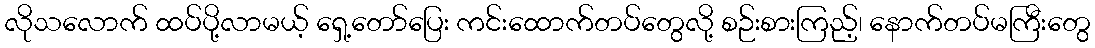
လိုသလောက် ထပ်ပို့လာမယ့် ရှေ့တော်ပြေး ကင်းထောက်တပ်တွေလို့ စဉ်းစားကြည့်၊ နောက်တပ်မကြီးတွေ